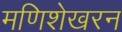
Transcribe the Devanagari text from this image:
मणिशेखरन